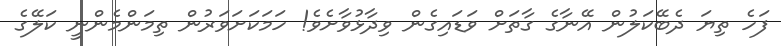
ފަހެ ތިޔަ ދެބޭކަލުން އޭނާގެ ގާތަށް ވަޑައިގެން ވިދާޅުވާށެވެ! ހަމަކަށަވަރުން ތިމަންމެންނީ ކަލޭގެ